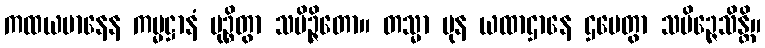
ကထယမာနေန ကမ္မဋ္ဌာနံ မုဉ္စိတွာ သမိဉ္ဇိတော။ တသ္မာ ပုန ယထာဌာနေ ဌပေတွာ သမိဉ္ဇေသိန္တိ။